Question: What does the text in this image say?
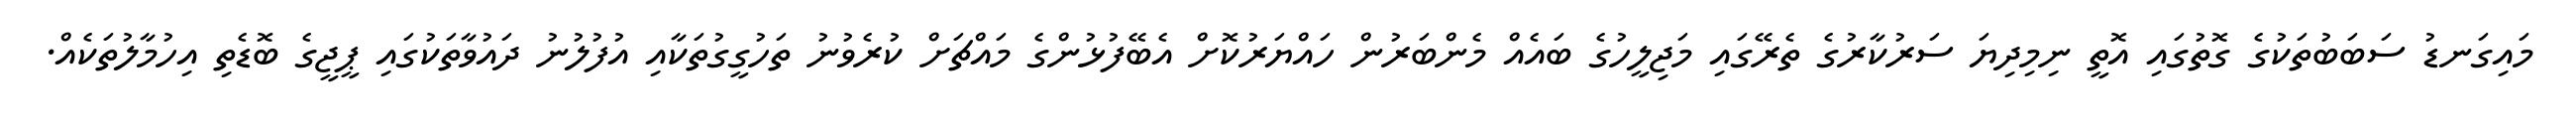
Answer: މައިގަނޑު ސަބަބުތަކުގެ ގޮތުގައި އޮތީ ނިމިދިޔަ ސަރުކާރުގެ ތެރޭގައި މަޖިލީހުގެ ބައެއް މެންބަރުން ހައްޔަރުކޮށް އެބޭފުޅުންގެ މައްޗަށް ކުރެވުނު ތަހުގީގުތަކާއި އުފުލުނު ދައުވާތަކުގައި ޕީޖީގެ ބޮޑެތި އިހުމާލުތަކެއް.